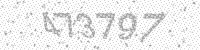
Solution: 473797